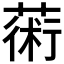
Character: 𦸇